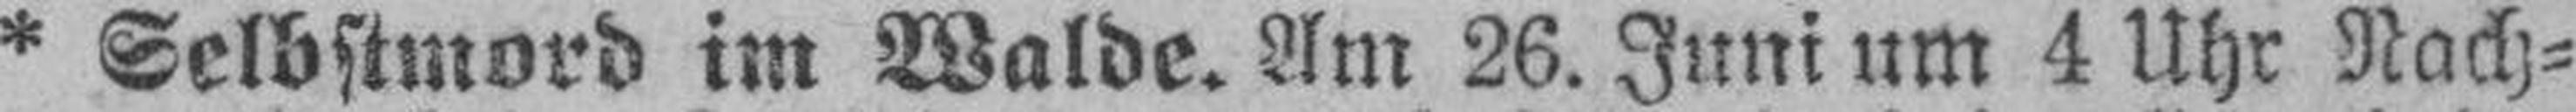
* Selbstmord im Walde. Am 26. Juni um 4 Uhr Nach¬